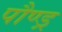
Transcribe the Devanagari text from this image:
पौण्ड्र